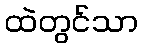
ထဲတွင်သာ